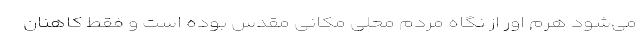
می‌شود هرم اور از نگاه مردم محلی مکانی مقدس بوده است و فقط کاهنان